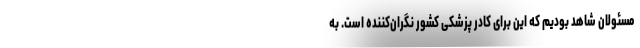
مسئولان شاهد بودیم که این برای کادر پزشکی کشور نگران‌کننده است. به